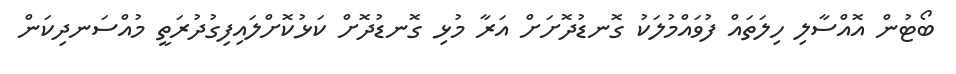
ބޯޓުން އޮއްސާލި ހިލަތައް ފުވައްމުލަކު ގޮނޑުދޮށަށް އަރާ މުޅި ގޮނޑުދޮށް ކަޅުކޮށްލައިފިގުދުރަތީ މުއްސަނދިކަން